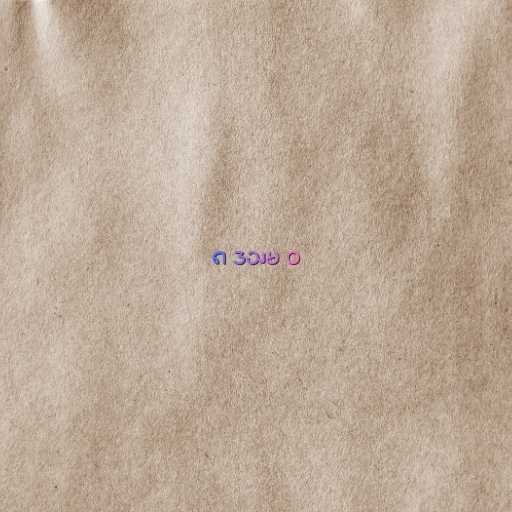
၈ ဒသမ ၀